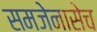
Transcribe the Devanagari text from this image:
समजेनासेच